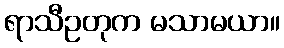
ရာသီဥတုက မသာမယာ။